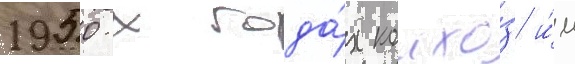
1950-х года́х колхо́з и́м